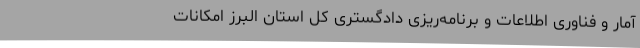
آمار و فناوری اطلاعات و برنامه‌ریزی دادگستری کل استان البرز امکانات